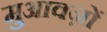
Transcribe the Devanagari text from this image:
मुआवज़ों